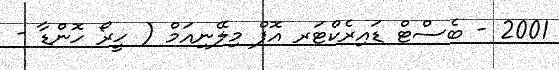
2001 - ބެސްޓް ޑައިރެކްޓަރ އޮފް މިލޭނިއަމް ( ހީރޯ ހޮންޑާ -